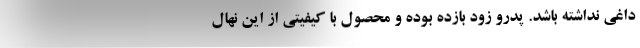
داغی نداشته باشد. پدرو زود بازده بوده و محصول با کیفیتی از این نهال